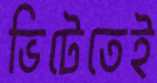
ভিটেতেই